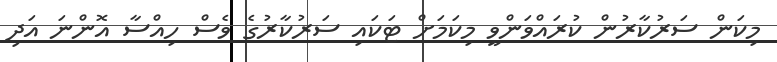
މިކަން ސަރުކާރުން ކުރައްވަންވީ މިކަމަށް ޓަކައި ސަރުކާރުގެ ވެސް ހިއްސާ އޮންނަ އަދި